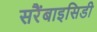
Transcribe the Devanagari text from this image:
सरैंबाइसिडी